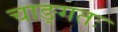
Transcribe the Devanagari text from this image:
चाङ्गतः